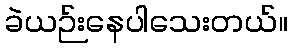
ခဲယဉ်းနေပါသေးတယ်။